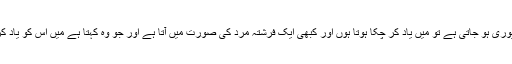
پھر جب پوری ہو جاتی ہے تو میں یاد کر چکا ہوتا ہوں اور کبھی ایک فرشتہ مرد کی صورت میں آتا ہے اور جو وہ کہتا ہے میں اس کو یاد کر لیتا ہوں۔